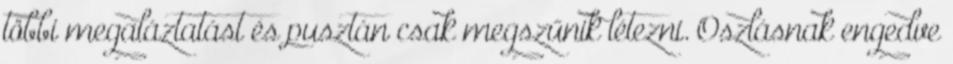
többi megaláztatást és pusztán csak megszűnik létezni. Oszlásnak engedve